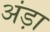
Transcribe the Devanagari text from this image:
अंड़ा